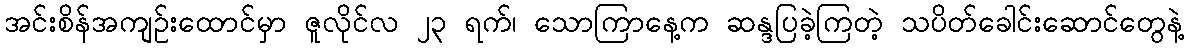
အင်းစိန်အကျဉ်းထောင်မှာ ဇူလိုင်လ ၂၃ ရက်၊ သောကြာနေ့က ဆန္ဒပြခဲ့ကြတဲ့ သပိတ်ခေါင်းဆောင်တွေနဲ့